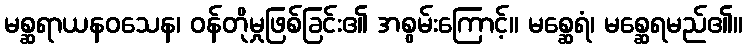
မစ္ဆရာယနဝသေန၊ ဝန်တိုမှုဖြစ်ခြင်း၏ အစွမ်းကြောင့်။ မစ္ဆေရံ၊ မစ္ဆေရမည်၏။